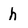
Character: h